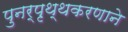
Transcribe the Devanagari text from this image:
पुनर्पृथ्थकरणाने